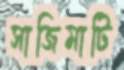
সাজিমাটি